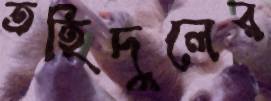
তহিদুলের